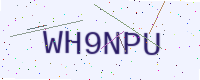
Text: WH9NPU